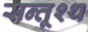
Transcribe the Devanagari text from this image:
सन्तूश्थ